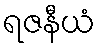
ရဇနီယံ